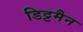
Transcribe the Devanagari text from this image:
डिट्टमैन